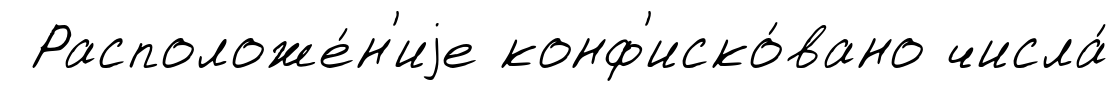
Расположе́н'иjе конф'иско́вано числа́